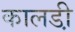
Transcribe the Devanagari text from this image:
कालडी़